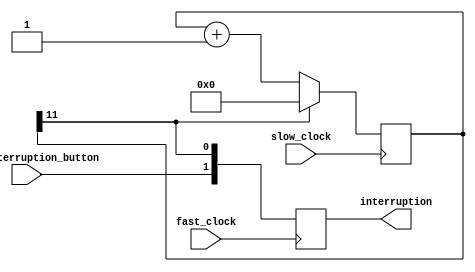
module Watchdog
#(
    parameter COUNTER_SIZE = 12
)(
    input slow_clock, fast_clock,
    input user_interruption_button,
    output reg [1 : 0] interruption
);

    reg [(COUNTER_SIZE - 1) : 0] counter;

    always @(posedge slow_clock) begin
        if (counter[(COUNTER_SIZE - 1)]) begin
            counter <= 0;
        end else begin
            counter <= counter + 1;
        end
    end

    always @(posedge fast_clock ) begin
        interruption[0] <= counter[(COUNTER_SIZE -1)];
        interruption[1] <= user_interruption_button;
    end

endmodule